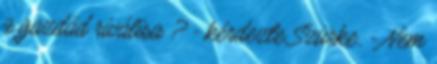
a gazdád riválisa ? - kérdezte Szürke. - Nem